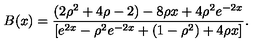
B ( x ) = \frac { ( 2 \rho ^ { 2 } + 4 \rho - 2 ) - 8 \rho x + 4 \rho ^ { 2 } e ^ { - 2 x } } { [ e ^ { 2 x } - \rho ^ { 2 } e ^ { - 2 x } + ( 1 - \rho ^ { 2 } ) + 4 \rho x ] } .